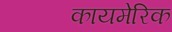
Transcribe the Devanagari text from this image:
कायमेरिक